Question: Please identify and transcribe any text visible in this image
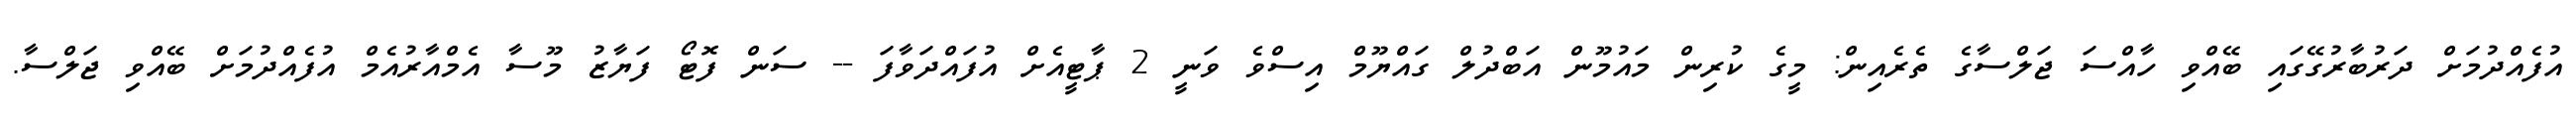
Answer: އުފެއްދުމަށް ދަރުބާރުގޭގައި ބޭއްވި ހާއްސަ ޖަލްސާގެ ތެރެއިން: މީގެ ކުރިން މައުމޫން އަބްދުލް ގައްޔޫމް އިސްވެ ވަނީ 2 ޕާޓީއެށް އުފައްދަވާފަ -- ސަން ފޮޓޯ ފަޔާޒު މޫސާ އެމްއާރުއެމް އުފެއްދުމަށް ބޭއްވި ޖަލްސާ.